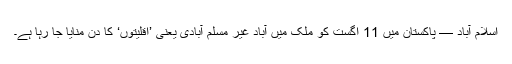
اسلام آباد — پاکستان میں 11 اگست کو ملک میں آباد غیر مسلم آبادی یعنی ’اقلیتوں‘ کا دن منایا جا رہا ہے۔